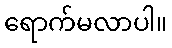
ရောက်မလာပါ။